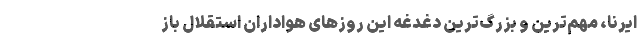
ایرنا، مهم‌ترین و بزرگ‌ترین دغدغه این روزهای هواداران استقلال باز